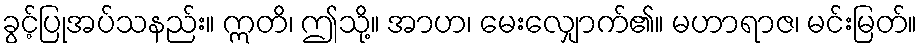
ခွင့်ပြုအပ်သနည်း။ ဣတိ၊ ဤသို့။ အာဟ၊ မေးလျှောက်၏။ မဟာရာဇ၊ မင်းမြတ်။